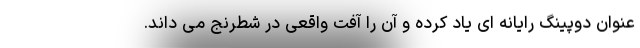
عنوان دوپینگ رایانه ای یاد کرده و آن را آفت واقعی در شطرنج می داند.